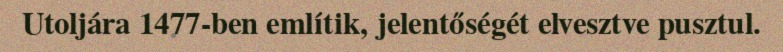
Utoljára 1477-ben említik, jelentőségét elvesztve pusztul.